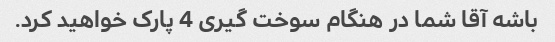
باشه آقا شما در هنگام سوخت گیری 4 پارک خواهید کرد.